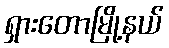
ရှားတောမြို့နယ်